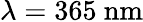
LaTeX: \lambda=365\mathrm{~nm}